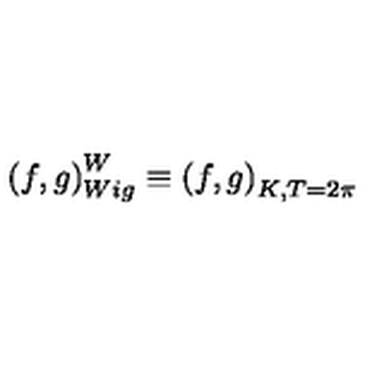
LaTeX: \left( f , g \right) _ { W i g } ^ { W } \equiv \left( f , g \right) _ { K , T = 2 \pi }